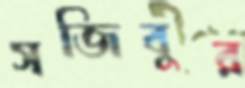
সজিবুর